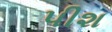
પીશ